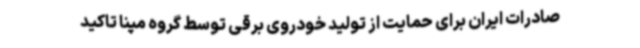
صادرات ایران برای حمایت از تولید خودروی برقی توسط گروه مپنا تاکید